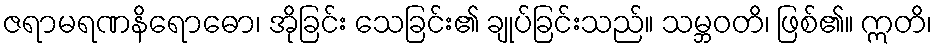
ဇရာမရဏနိရောဓော၊ အိုခြင်း သေခြင်း၏ ချုပ်ခြင်းသည်။ သမ္ဘဝတိ၊ ဖြစ်၏။ ဣတိ၊